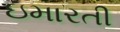
ઇમારતી